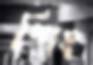
শিং